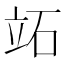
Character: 䇉